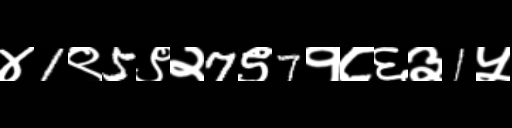
Text: ४1९5९२7९7१८६३1५